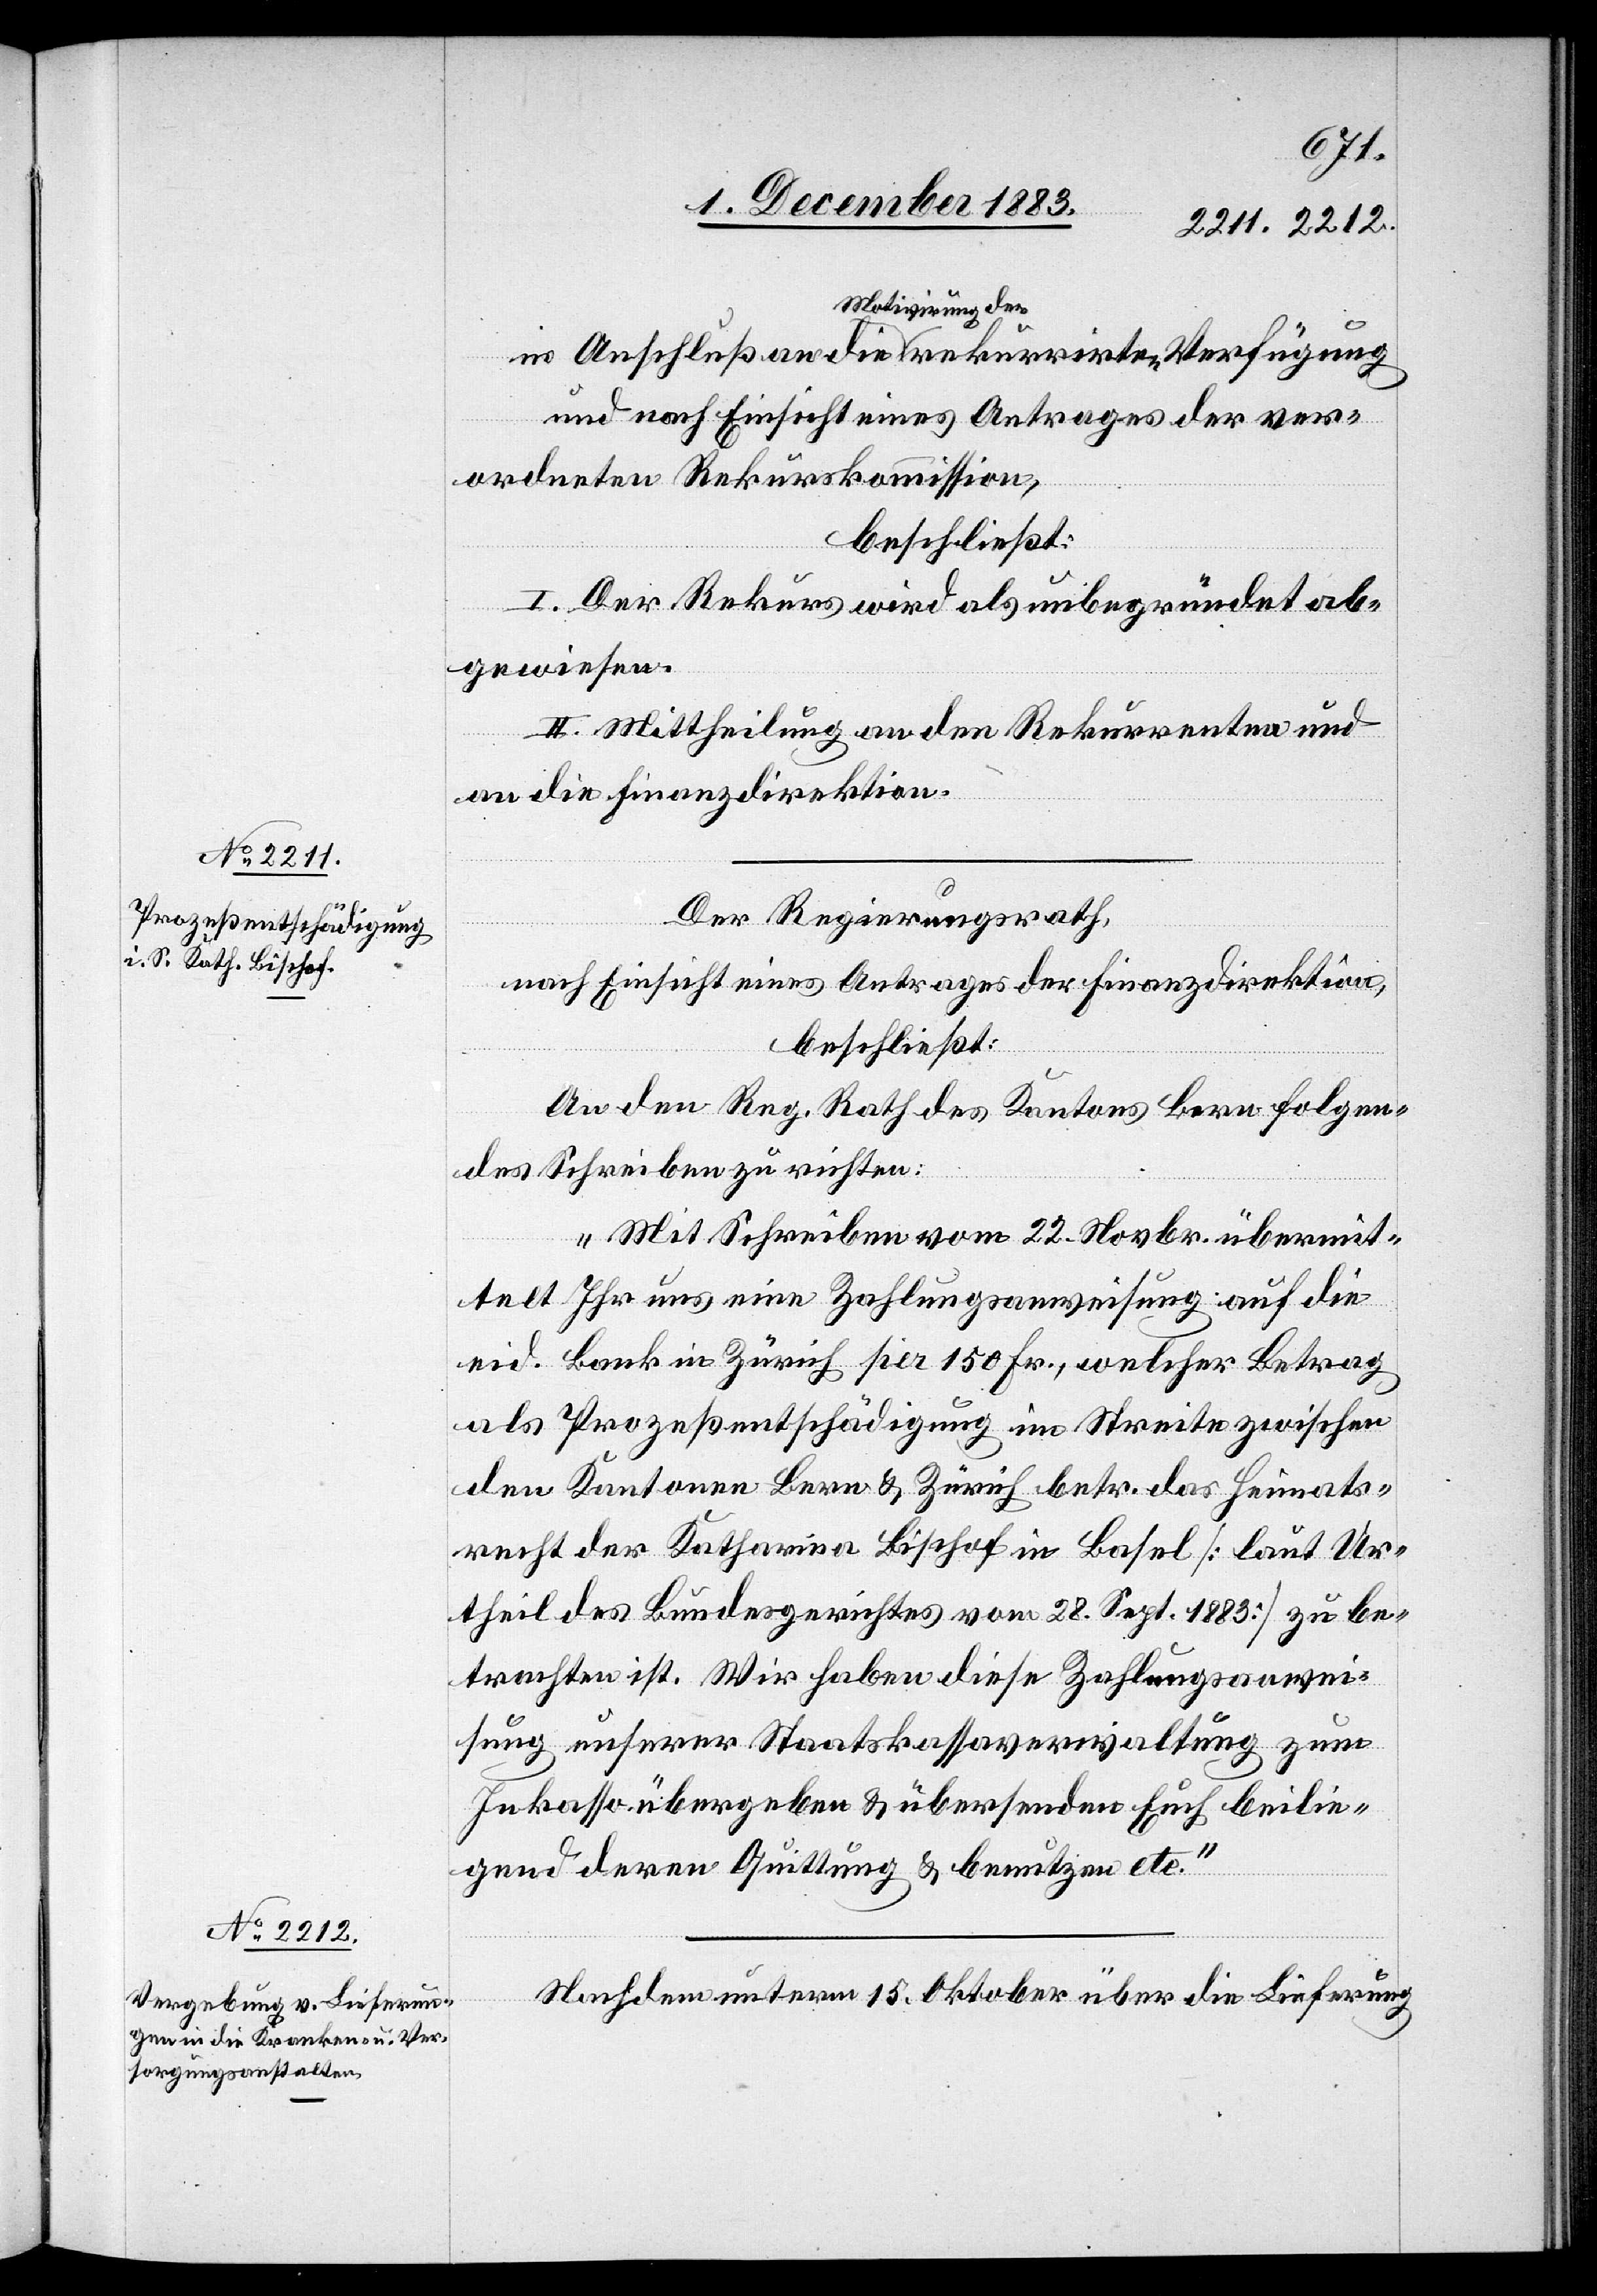
Motivirung der
und nach Einsicht eines Antrages der ver¬
ordneten Rekurskommission,
rekurrirten
beschließt:
I. Der Rekurs wird als unbegründet ab¬
gewiesen.
die
II. Mittheilung an den Rekurrenten und
an die Finanzdirektion.
Der Regierungsrath,
nach Einsicht eines Antrages der Finanzdirektion,
beschließt:
An den Reg. Rath des Kantons Bern folgen¬
des Schreiben zu richten:
„Mit Schreiben vom 22. Novbr. übermit¬
telt Ihr uns eine Zahlungsanweisung auf die
eid. Bank in Zürich per 150 Fr., welcher Betrag
als Prozeßentschädigung im Streite zwischen
den Kantonen Bern & Zürich betr. das Heimats¬
recht der Katharina Bischof in Basel [laut Ur¬
theil des Bundesgerichtes vom 28. Sept. 1883] zu be¬
trachten ist. Wir haben diese Zahlungsanwei¬
sung unserer Staatskassaverwaltung zum
Inkasso übergeben & übersenden Euch beilie¬
gend deren Quittung & benutzen etc.“
Nachdem unterm 15. Oktober über die Lieferung